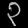
Digit: ၃